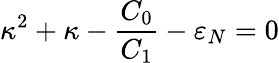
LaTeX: \kappa^{2}+\kappa-\frac{C_{0}}{C_{1}}-\varepsilon_{N}=0